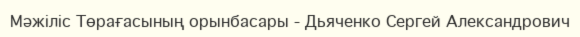
Мәжіліс Төрағасының орынбасары - Дьяченко Сергей Александрович